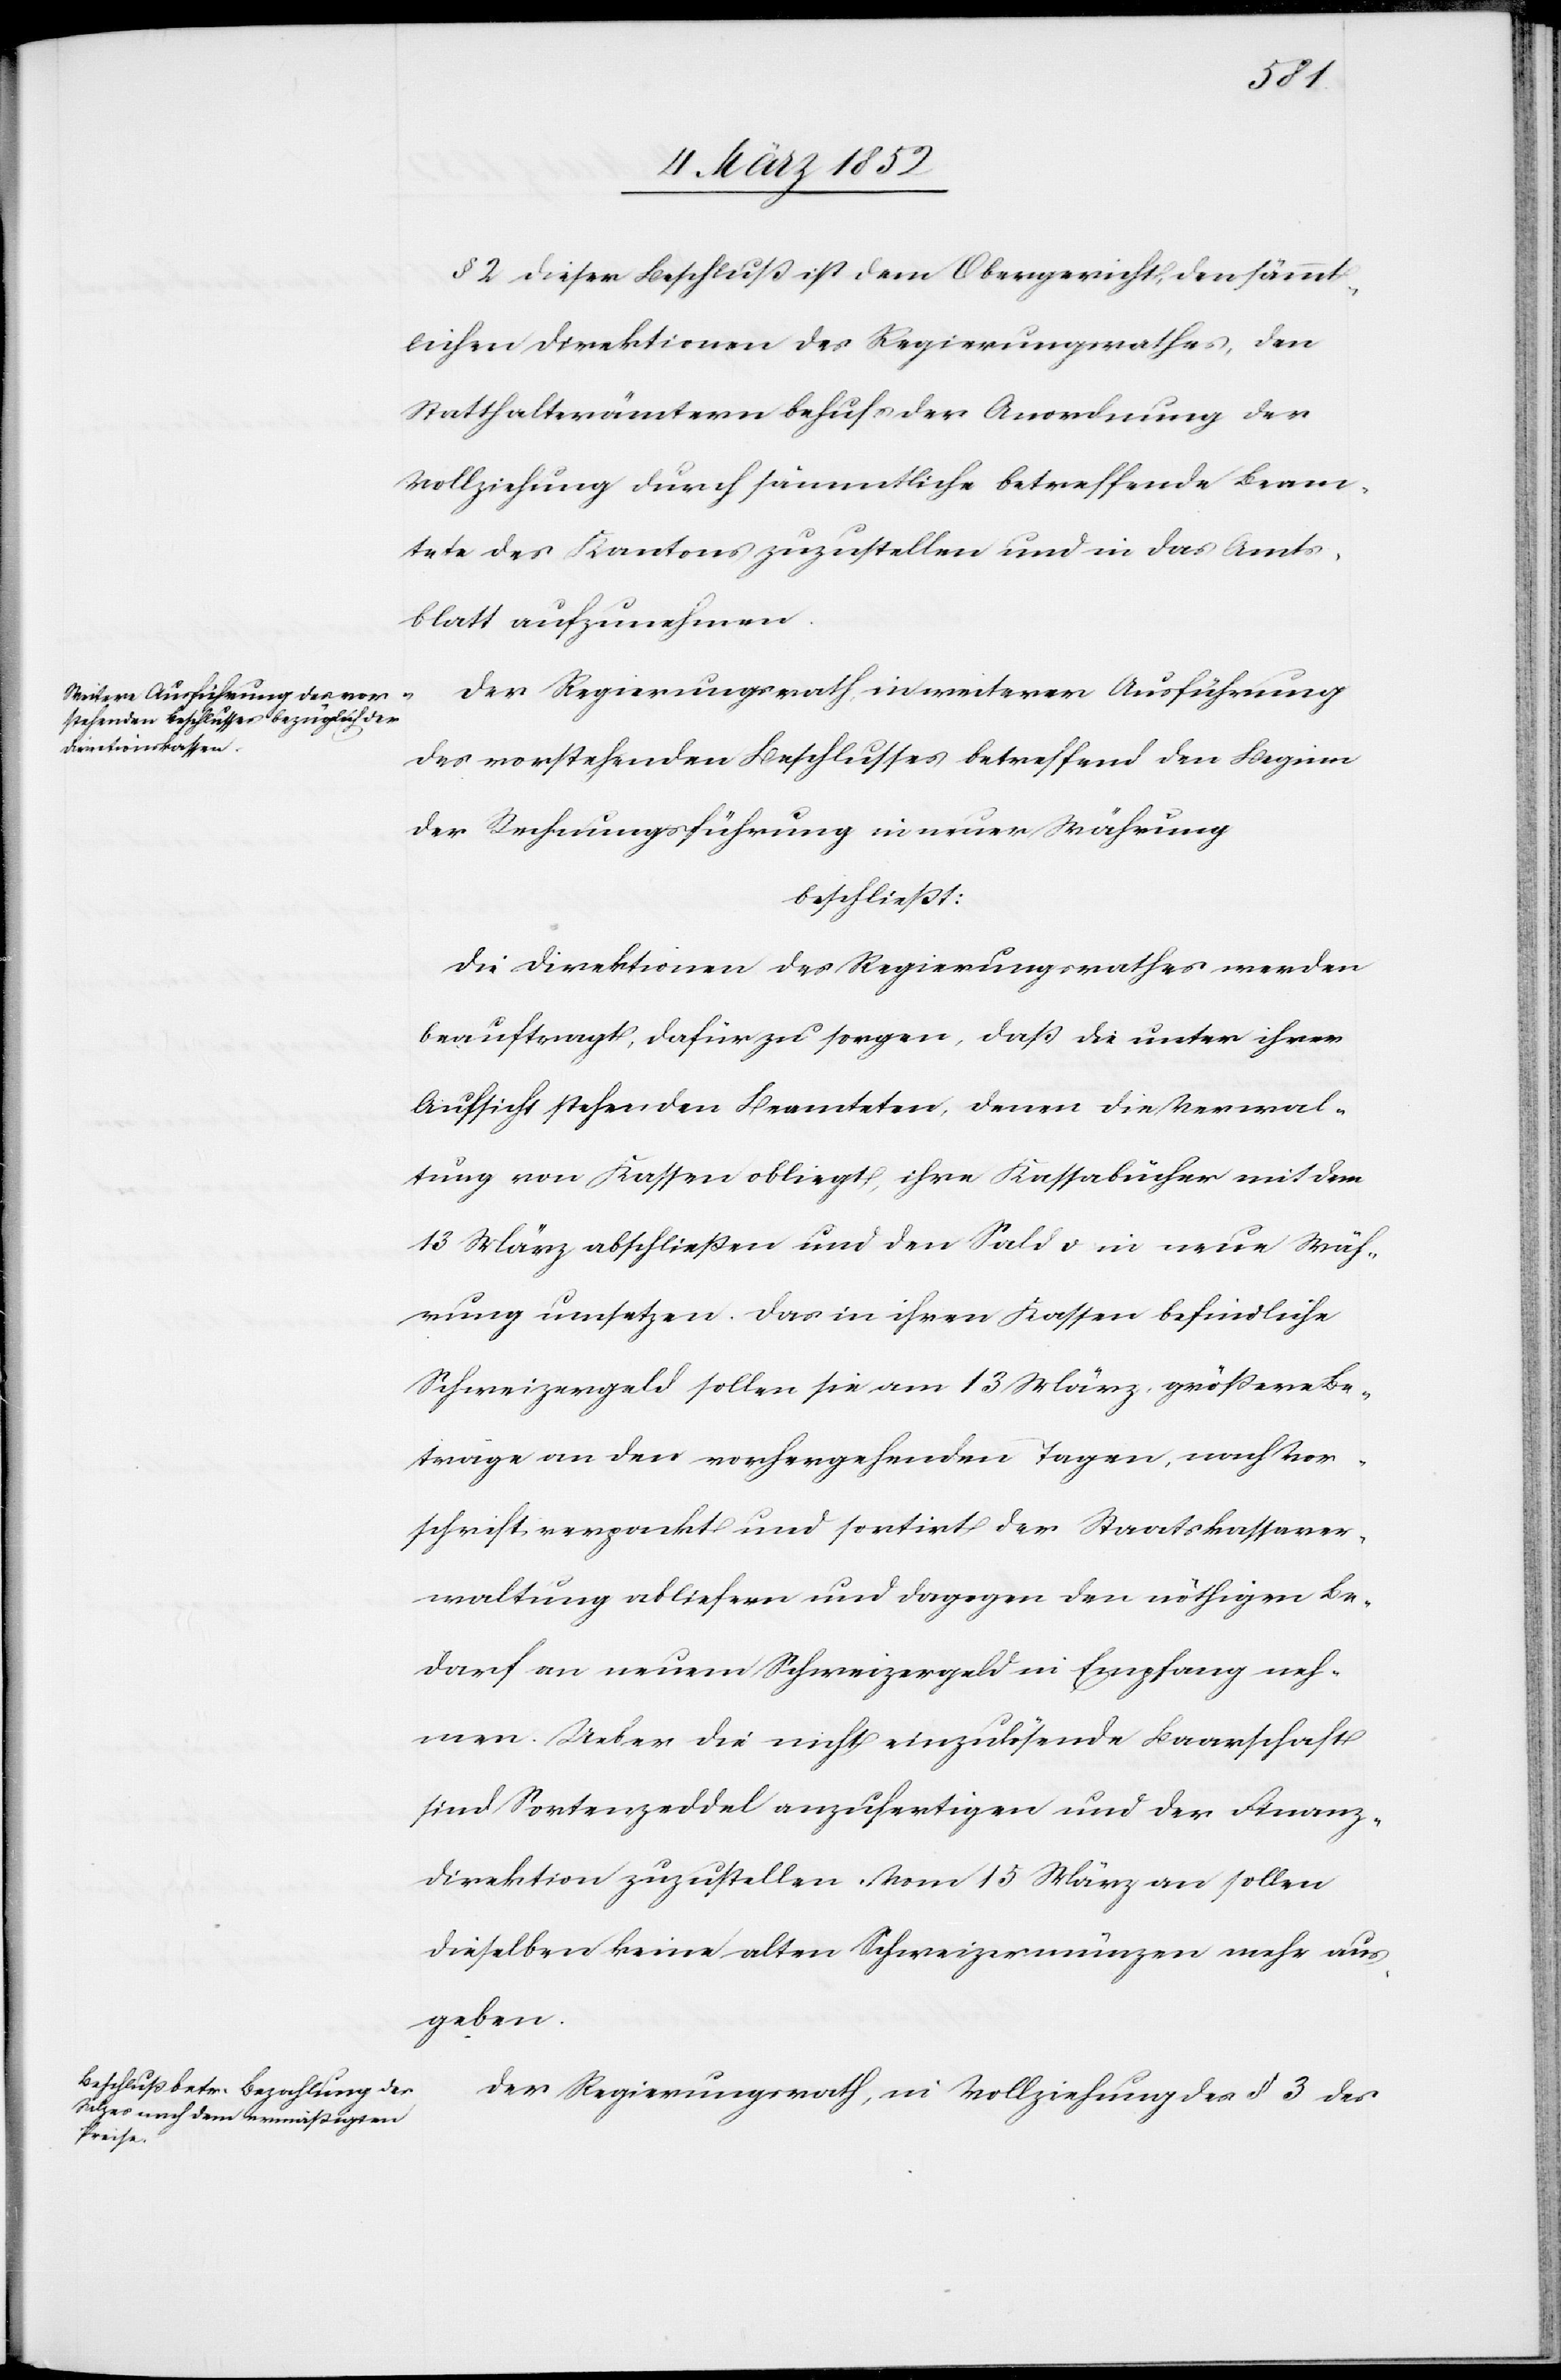
§ 2. Dieser Beschluß ist dem Obergericht, den sämmt¬
lichen Direktionen des Regierungsrathes, den
Statthalterämtern behufs der Anordnung der
Vollziehung durch sämmtliche betreffende Beam¬
tete des Kantons zuzustellen und in das Amts¬
blatt aufzunehmen.
Der Regierungsrath in weiterer Ausführung
des vorstehenden Beschlusses betreffend den Beginn
der Untersuchungsführung in neuer Währung
beschließt:
Die Direktionen des Regierungsrathes werden
beauftragt, dafür zu sorgen, daß die unter ihrer
Aufsicht stehenden Beamteten, denen die Verwal¬
tung von Kassen obliegt, ihre Kassabücher mit dem
13. März abschließen und den Solde in neue Wäh¬
rung umsetzen. Das in ihren Kassen befindliche
Schweizergeld sollen sie am 13 März, größere Be¬
träge an den vorhergehenden Tagen, nach Vor¬
schrift verpackt und sortirt der Staatskassaver¬
waltung abliefern und dagegen den nöthigen Be¬
darf an neuem Schweizergeld in Empfang neh¬
men. Ueber die nicht einzulösende Baarschaft
sind Sortenzeddel anzufertigen und der Finanz¬
direktion zuzustellen. Vom 15 März an sollen
dieselben keine alten Schweizermünzen mehr aus¬
geben.
Der Regierungsrath, in Vollziehung des § 3 des